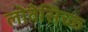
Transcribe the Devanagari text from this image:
लोवेसिच्क